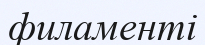
филаменті